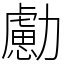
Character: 勴